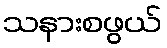
သနားစဖွယ်